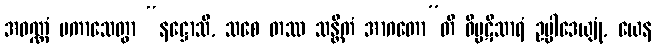
အဝဏ္ဏံ ပကာသေတွာ “နဋ္ဌောသိ, သစေ တဿ သန္တိကံ အာဂတော”တိ ဝိပ္ပဋိသာရံ ဥပ္ပါဒေယျုံ, ယေန